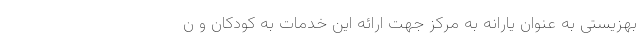
بهزیستی به عنوان یارانه به مرکز جهت ارائه این خدمات به کودکان و ن